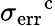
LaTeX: \sigma_{\mathrm{err}}\mathrm{^c}